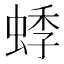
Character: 𬠓